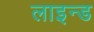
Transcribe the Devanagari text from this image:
लाइन्‍ड